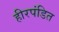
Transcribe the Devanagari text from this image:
हीरपंडित